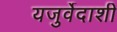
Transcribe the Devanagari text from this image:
यजुर्वेदाशी